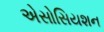
એસોસિયશન